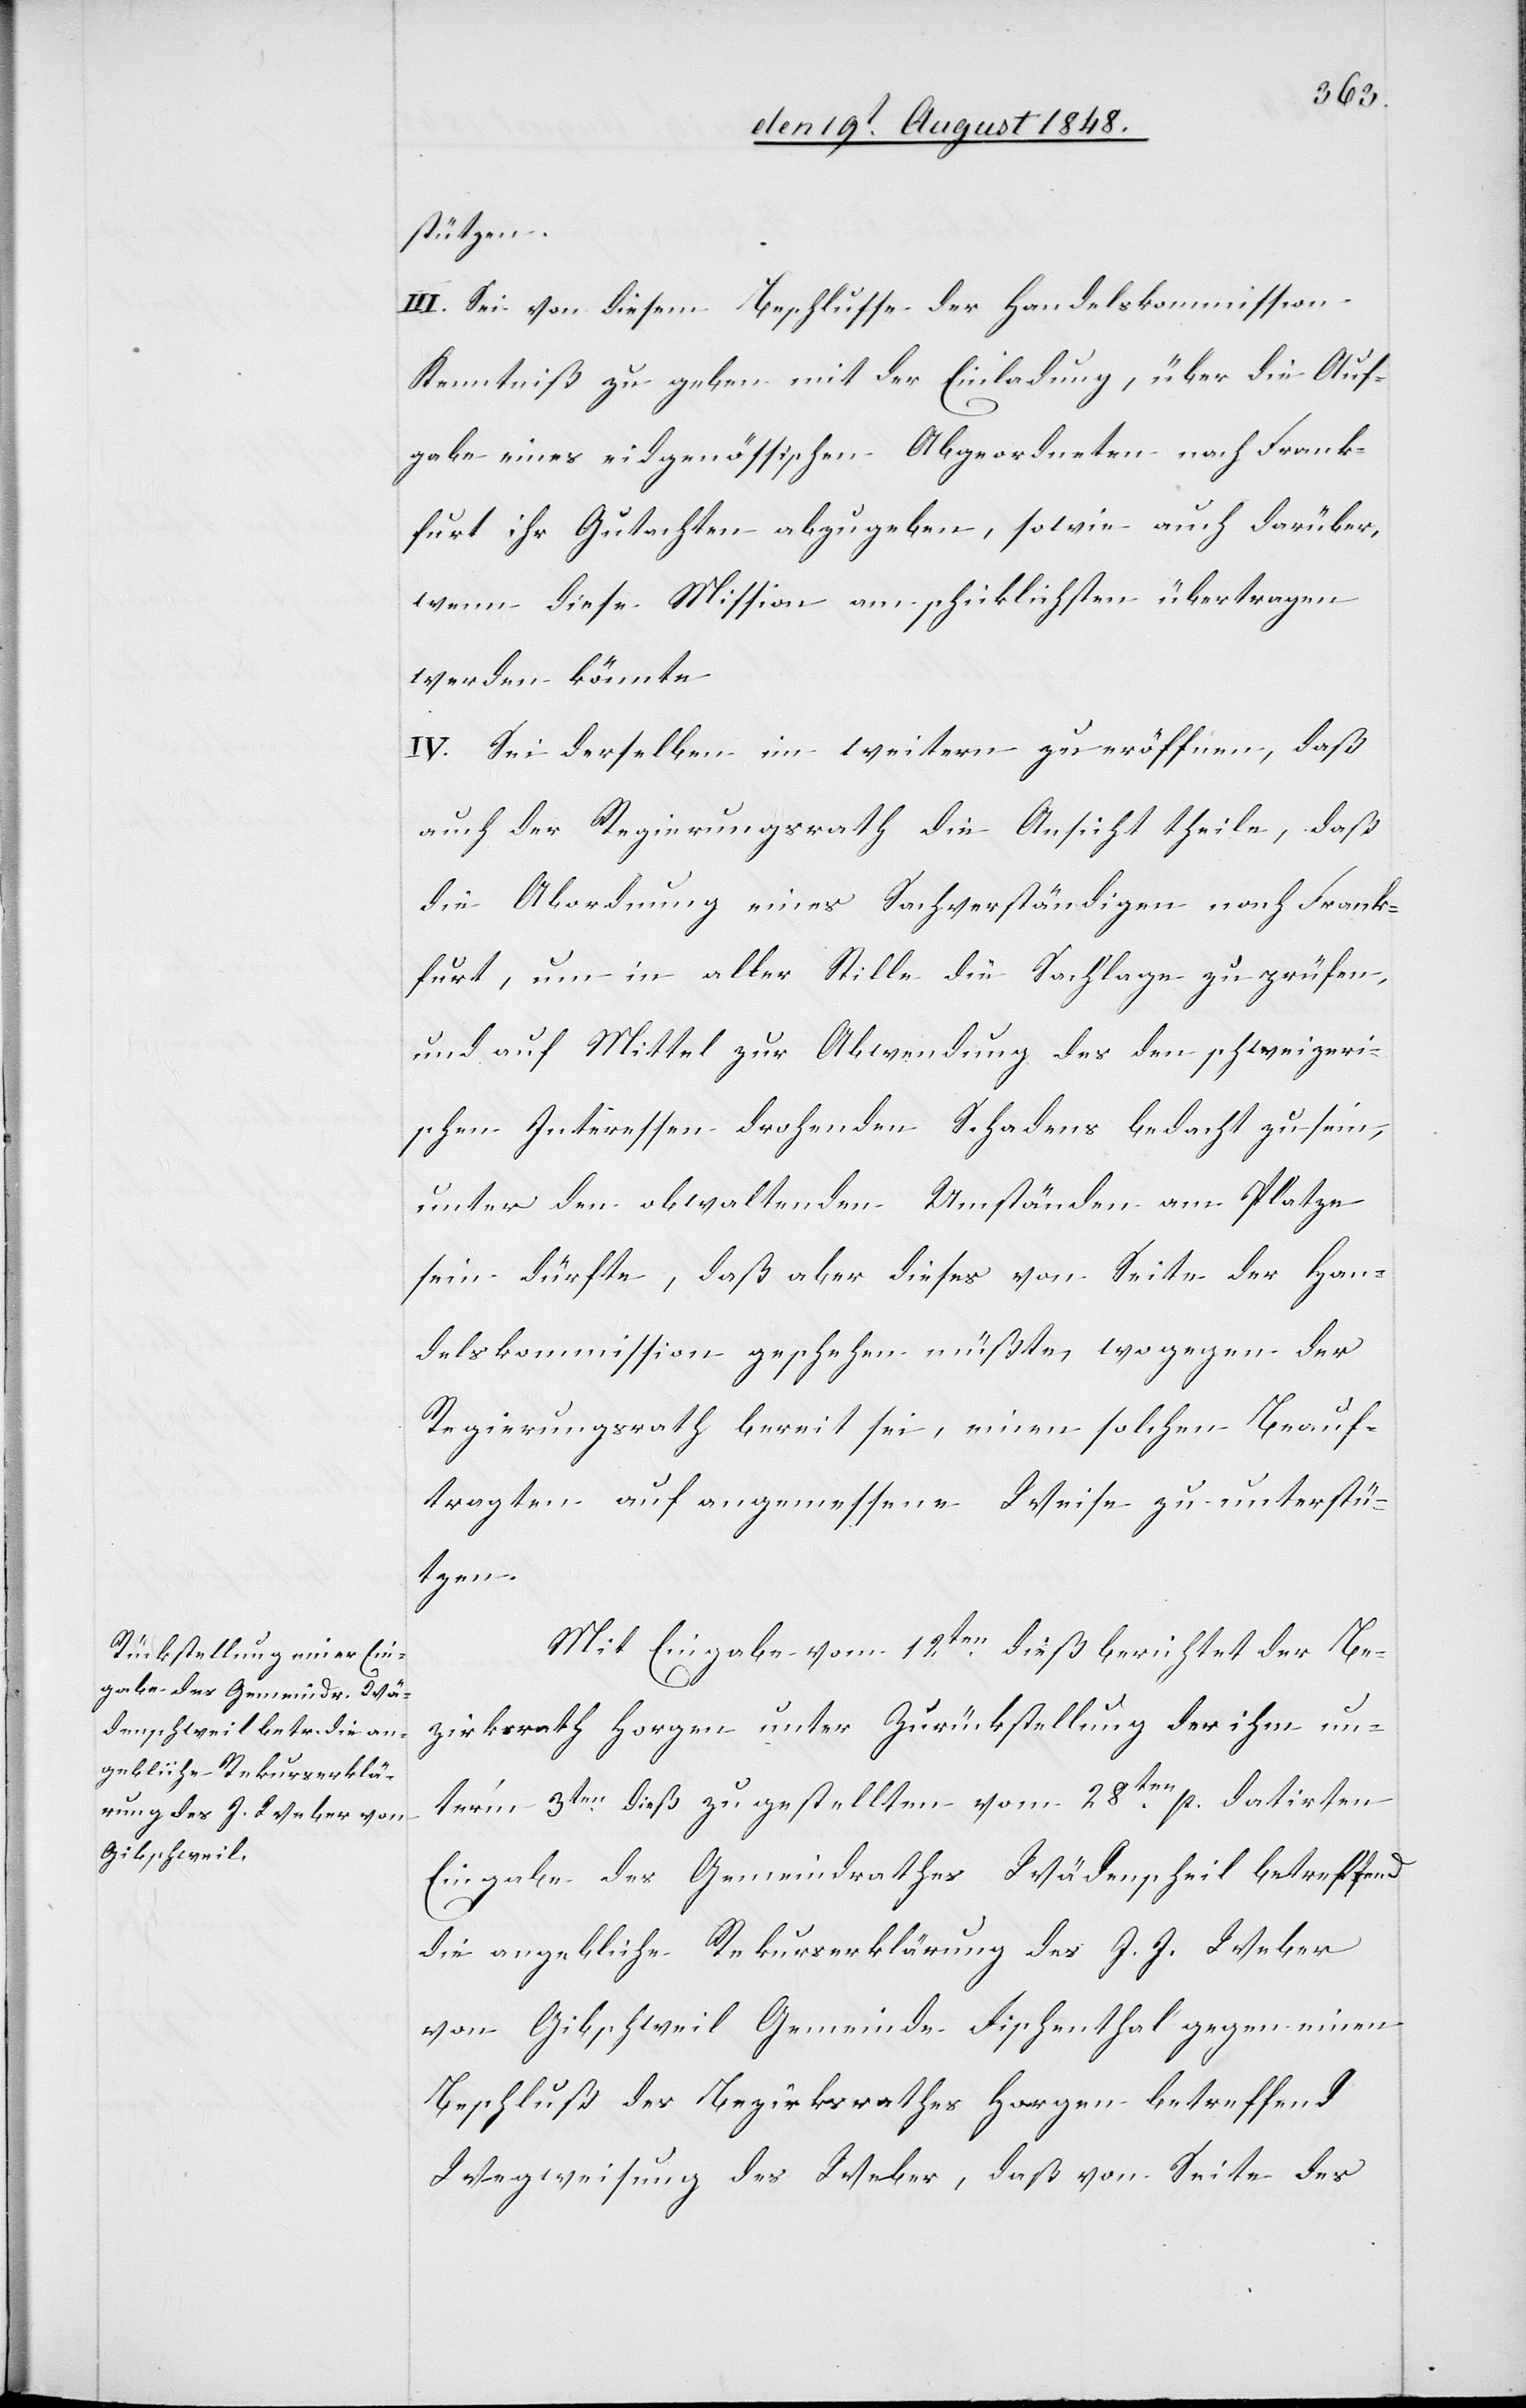
stützen.
III. Sei von diesem Beschlusse der Handelskommission
Kenntniß zu geben mit der Einladung, über die Auf¬
gabe eines eidgenössischen Abgeordneten nach Frank¬
furt ihr Gutachten abzugeben, sowie auch darüber,
wenn diese Mission am schicklichsten übertragen
werden könnte.
IV. Sei derselben im weitern zu eröffnen, daß
auch der Regierungsrath die Ansicht theile, daß
die Abordnung eines Sachverständigen nach Frank¬
furt, um in aller Stille die Sachlage zu prüfen,
und auf Mittel zur Abwendung des den schweizeri¬
schen Interessen drohenden Schadens bedacht zu sein,
unter den obwaltenden Umständen am Platze
sein dürfte, daß aber dieses von Seite der Han¬
delskommission geschehen müßte, wogegen der
Regierungsrath bereit sei, einen solchen Beauf¬
tragten auf angemessene Weise zu unterstü¬
tzen.
Mit Eingabe vom 12ten dieß berichtet der Be¬
zirksrath Horgen unter Zurückstellung der ihm un¬
ter’m 3ten dieß zugestellten vom 28ten p. datirten
Eingabe des Gemeindrathes Wädenschweil betreffend
die angebliche Rekurserklärung des J. J. Weber
von Gibschweil Gemeinde Fischenthal gegen einen
Beschluß des Bezirksrathes Horgen betreffend
Wegweisung des Weber, daß von Seite des